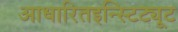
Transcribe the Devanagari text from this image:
आधारितइन्स्टिट्यूट